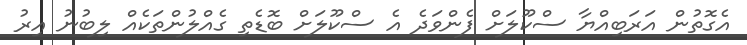
އެގޮތުން އަރަބިއްޔާ ސްކޫލަށް ފެންވަދެ އެ ސްކޫލަށް ބޮޑެތި ގެއްލުންތަކެއް ލިބުނު އިރު